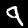
Label: 9